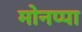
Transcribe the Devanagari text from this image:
मोनप्पा